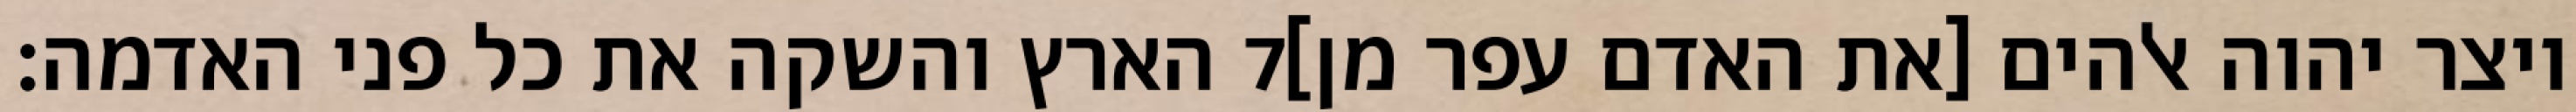
הארץ והשקה את כל פני האדמה׃ ‎7‏ ויצר יהוה אלהים [את האדם עפר מן]